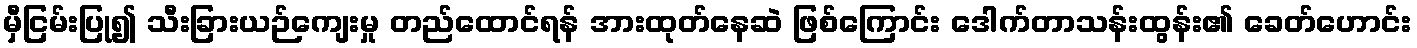
မှီငြမ်းပြု၍ သီးခြားယဉ်ကျေးမှု တည်ထောင်ရန် အားထုတ်နေဆဲ ဖြစ်ကြောင်း ဒေါက်တာသန်းထွန်း၏ ခေတ်ဟောင်း